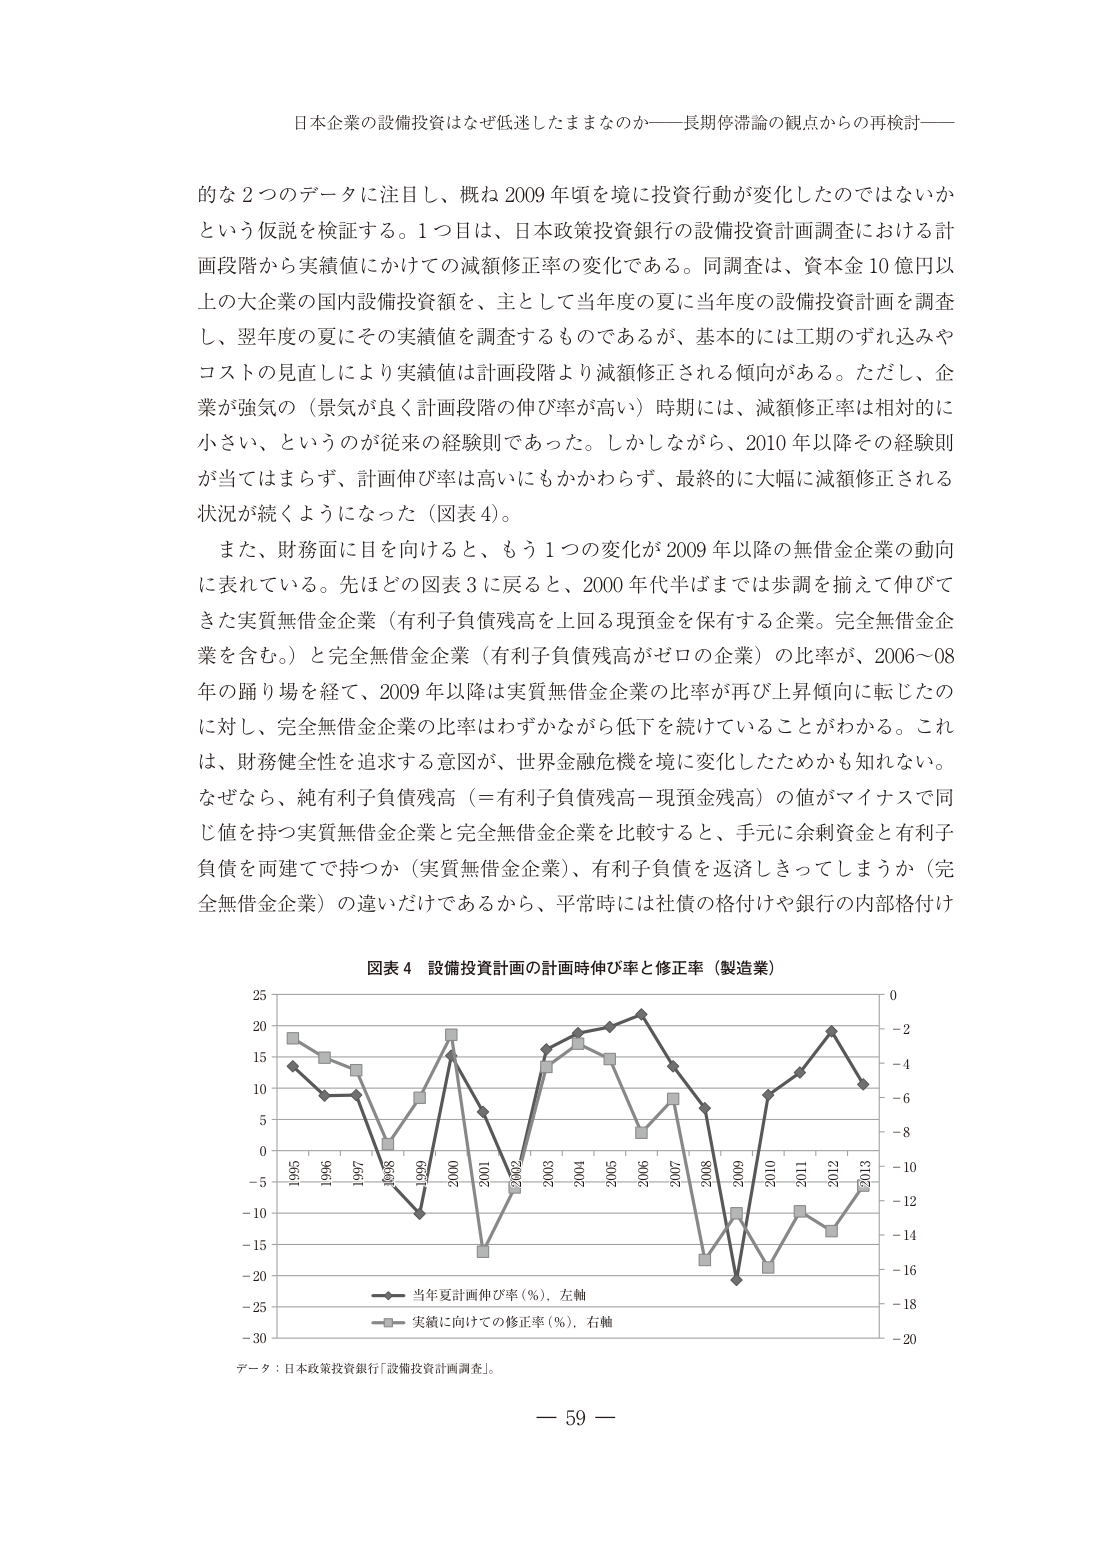
日本企業の設備投資はなぜ低迷したままなのか――長期停滞論の観点からの再検討――

的な２つのデータに注目し、概ね2009年頃を境に投資行動が変化したのではないかという仮説を検証する。１つ目は、日本政策投資銀行の設備投資計画調査における計画段階から実績値にかけての減額修正率の変化である。同調査は、資本金10億円以上の大企業の国内設備投資額を、主として当年度の夏に当年度の設備投資計画を調査し、翌年度の夏にその実績値を調査するものであるが、基本的には工期のずれ込みやコストの見直しにより実績値は計画段階より減額修正される傾向がある。ただし、企業が強気の（景気が良く計画段階の伸び率が高い）時期には、減額修正率は相対的に小さい、というのが従来の経験則であった。しかしながら、2010年以降その経験則が当てはまらず、計画伸び率が高いにもかかわらず、最終的に大幅に減額修正される状況が続くようになった（図表4）。

また、財務面に目を向けると、もう１つの変化が2009年以降の無借金企業の動向に表れている。先ほどの図表3に戻ると、2000年代半ばまでは歩調を揃えて伸びてきた実質無借金企業（有利子負債残高を上回る現預金を保有する企業。完全無借金企業を含む。）と完全無借金企業（有利子負債残高がゼロの企業）の比率が、2006～08年の踊り場を経て、2009年以降は実質無借金企業の比率が再び上昇傾向に転じたのに対し、完全無借金企業の比率はわずかながら低下を続けていることがわかる。これは、財務健全性を追求する意図が、世界金融危機を境に変化したためかも知れない。なぜなら、純有利子負債残高（＝有利子負債残高－現預金残高）の値がマイナスで同じ値を持つ実質無借金企業と完全無借金企業を比較すると、手元に余剰資金と有利子負債を両建てで持つか（実質無借金企業）、有利子負債を返済しきってしまうか（完全無借金企業）の違いだけであるから、平常時には社債の格付けや銀行の内部格付け

図表4 設備投資計画の計画時伸び率と修正率（製造業）

データ：日本政策投資銀行「設備投資計画調査」。

－ 59 －